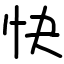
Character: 快